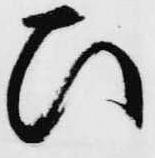
ひ